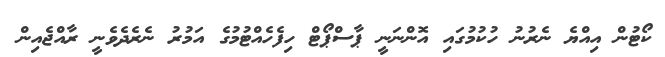
ކޯޓުން އިއްްޔެ ނެރުނު ހުކުމުގައި އޮންނަނީ ޕާސްޕޯޓް ހިފެހެއްޓުމުގެ އަމުރު ނެރެދެވެނީ ރާއްޖެއިން